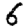
Digit: 6